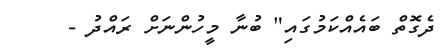
ދެގޮތް ބައެއްކަމުގައި" ބުނާ މީހުންނަށް ރައްދު -